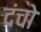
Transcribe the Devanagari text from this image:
दंचो